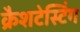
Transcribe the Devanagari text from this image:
क्रैशटेस्टिंग